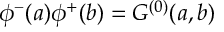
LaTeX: \phi ^ { - } ( a ) \phi ^ { + } ( b ) = G ^ { ( 0 ) } ( a , b )